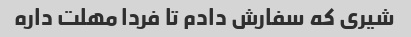
شیری که سفارش دادم تا فردا مهلت داره